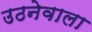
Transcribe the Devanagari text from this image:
उठनेवाला